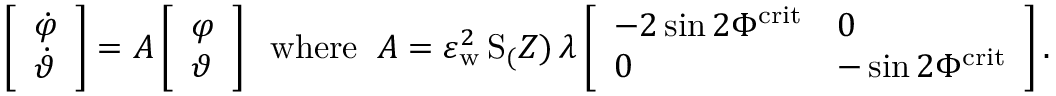
\left[ \begin{array} { l } { \dot { \varphi } } \\ { \dot { \vartheta } } \end{array} \right] = A \left[ \begin{array} { l } { { \varphi } } \\ { { \vartheta } } \end{array} \right] \; \; \mathrm { w h e r e } \; \; A = \varepsilon _ { \mathrm { w } } ^ { 2 } \, \mathrm { S } _ ( Z ) \, \lambda \left[ \begin{array} { l l } { - 2 \sin 2 \Phi ^ { \mathrm { c r i t } } } & { 0 } \\ { 0 } & { - \sin 2 \Phi ^ { \mathrm { c r i t } } } \end{array} \right] .